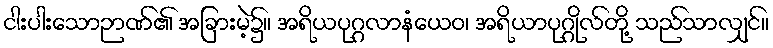
ငါးပါးသောဉာဏ်၏ အခြားမဲ့၌။ အရိယပုဂ္ဂလာနံယေဝ၊ အရိယာပုဂ္ဂိုလ်တို့ သည်သာလျှင်။